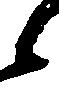
候